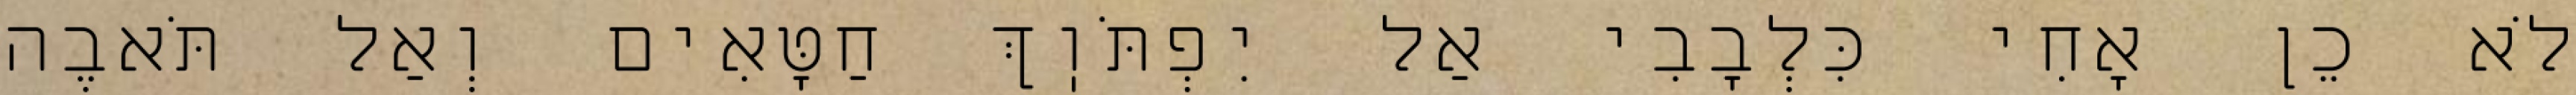
לֹא כֵן אָחִי כִּלְבָבִי אַל יִפְתֹּוֽךְ חַטָּאִים וְאַל תֹּאבֶה